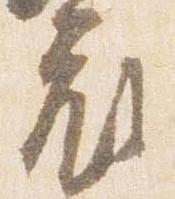
府